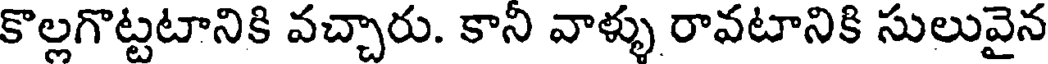
కొల్లగొట్టటానికి వచ్చారు. కాని వాళ్ళు రావటానికి సులువైన